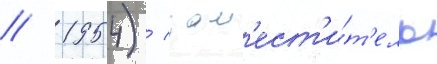
// 1954) / зам'ест'и́т'ель